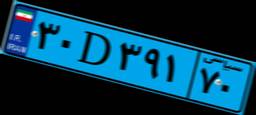
۶۹D۸۶۳۸۳